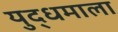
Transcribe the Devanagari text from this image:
युद्धमाला